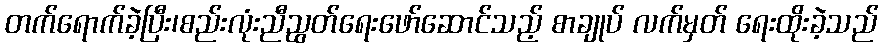
တက်ရောက်ခဲ့ပြီး၊စည်းလုံးညီညွတ်ရေးဖော်ဆောင်သည့် စာချုပ် လက်မှတ် ရေးထိုးခဲ့သည်